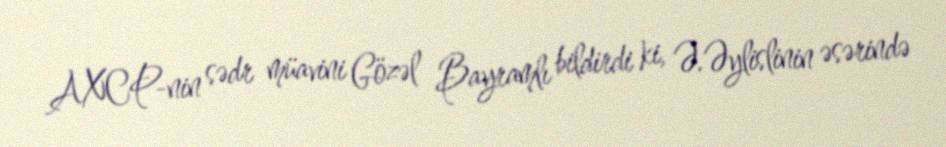
AXCP-nin sədr müavini Gözəl Bayramlı bildirdi ki, Ə.Əylislinin əsərində